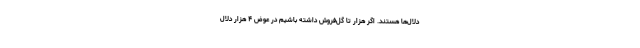
دلال‌ها هستند. اگر هزار تا گل‌فروش داشته باشیم در عوض ۴ هزار دلال